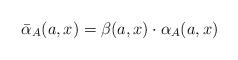
LaTeX: \begin{align*}\bar{\alpha}_A(a, x) = \beta(a, x) \cdot \alpha_{A}(a, x)\end{align*}